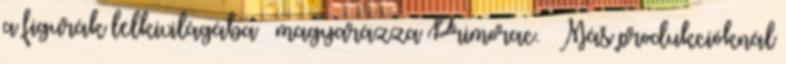
a figurák lelkivilágába – magyarázza Primorac. – Más produkcióknál